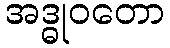
အဒ္ဓုဝတော